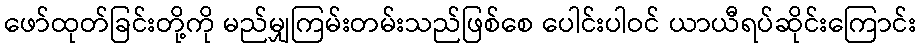
ဖော်ထုတ်ခြင်းတို့ကို မည်မျှကြမ်းတမ်းသည်ဖြစ်စေ ပေါင်းပါဝင် ယာယီရပ်ဆိုင်းကြောင်း